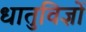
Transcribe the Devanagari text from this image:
धातुविज्ञों